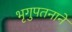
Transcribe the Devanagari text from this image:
भृगुपतनाने